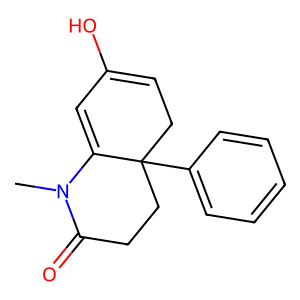
SMILES: CN1C(=O)CCC2(c3ccccc3)CC=C(O)C=C12
Inhibits HIV replication: No